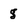
Character: g